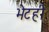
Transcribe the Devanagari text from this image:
भेटही